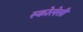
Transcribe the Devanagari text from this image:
स्कोलेसी